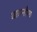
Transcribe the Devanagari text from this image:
बाहनौफ